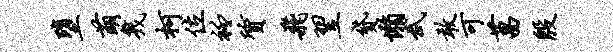
堕萌几柯位衽质飞翌贷懒武敢可菖殷